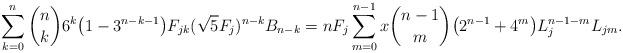
LaTeX: \begin{align*}\sum_{k=0}^{n} {n\choose k} 6^k \big (1- 3^{n-k-1} \big ) F_{jk} (\sqrt{5}F_j)^{n-k}B_{n-k}= n F_j \sum_{m=0}^{n-1}x {n-1\choose m} \big ( 2^{n-1} + 4^m \big )L_j^{n-1-m}L_{jm}.\end{align*}